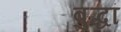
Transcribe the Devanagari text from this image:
बुद्धां